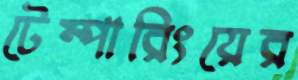
টেম্পারিংয়ের